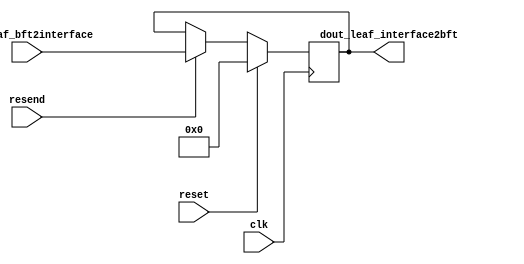
module page(
    input wire clk,
    input wire [48 : 0] din_leaf_bft2interface,
    output reg  [48 : 0] dout_leaf_interface2bft,
    input wire resend,
    input wire reset
    );

always@(posedge clk)begin
  if(reset) begin
    dout_leaf_interface2bft <= 0;
  end else if(resend) begin 
    dout_leaf_interface2bft <= din_leaf_bft2interface;
  end else begin 
    dout_leaf_interface2bft <= dout_leaf_interface2bft;
  end
end

   
endmodule